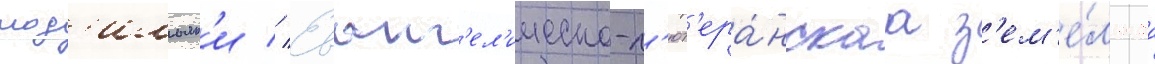
мод'ильян'и // Еванг'ел'ическо-л'ют'ера́нскаа з'ем'е́льнаа